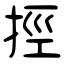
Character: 挳